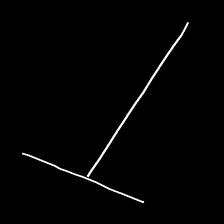
Glyph: column